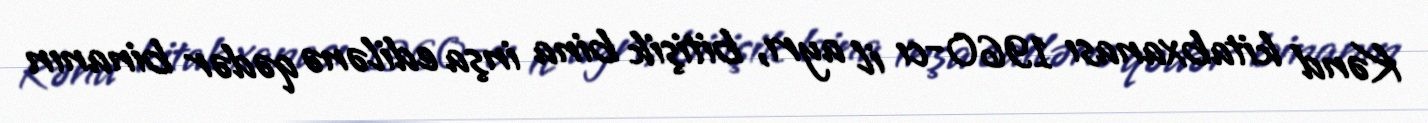
Kənd kitabxanası 1960-cı il ayrı, bitişik bina inşa edilənə qədər binanın